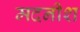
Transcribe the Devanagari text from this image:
मदनीश